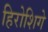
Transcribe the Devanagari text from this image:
हिरोशिगे